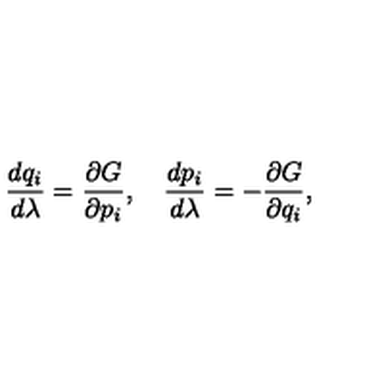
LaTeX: { \frac { d q _ { i } } { d \lambda } } = { \frac { \partial G } { \partial p _ { i } } } , \quad { \frac { d p _ { i } } { d \lambda } } = - { \frac { \partial G } { \partial q _ { i } } } ,